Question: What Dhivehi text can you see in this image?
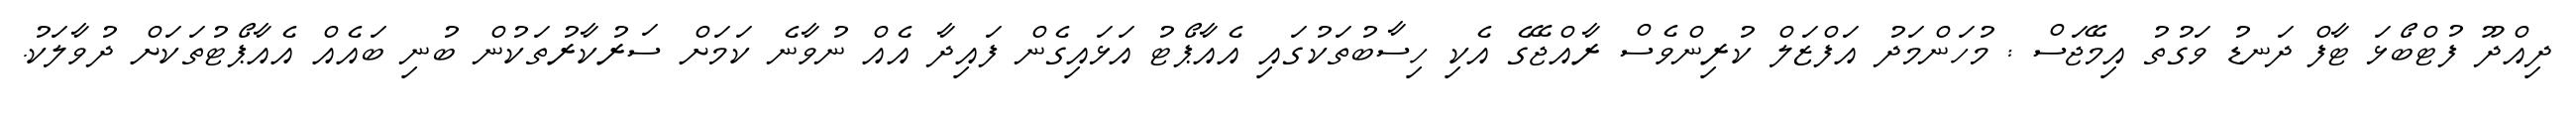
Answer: ދިއްދޫ ފުޓްބޯޅަ ޓާފް ދަނޑު ވަގުތު އިމޭޖަސް : މުހަންމަދު އަފްޒަލް ކުރިންވެސް ރާއްޖޭގެ އެކި ހިސާބުތަކުގައި އެއާޕޯޓު އަޅައިގެން ފައިދާ އެއް ނުވާނެ ކަމަށް ސަރުކާރުތަކުން ބުނި ބައެއް އެއާޕޯޓުތަކަށް ދުވާލަކު.